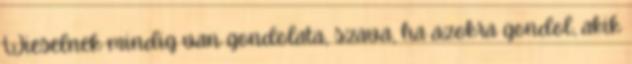
Wieselnek mindig van gondolata, szava, ha azokra gondol, akik